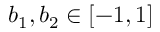
b _ { 1 } , b _ { 2 } \in [ - 1 , 1 ]